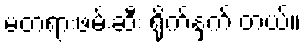
မတရားဖမ်းဆီး ရိုက်နှက် တယ်။